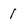
Character: l